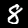
Label: 8